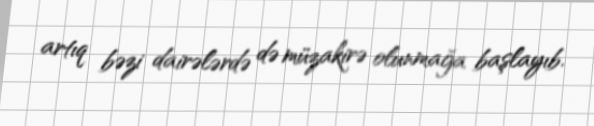
artıq bəzi dairələrdə də müzakirə olunmağa başlayıb.